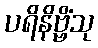
ပရိနိဗ္ဗိံသု